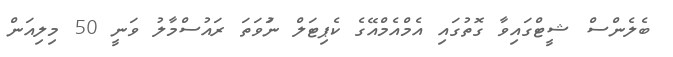
ބެލެންސް ޝީޓްގައިވާ ގޮތުގައި އެމްއެމްއޭގެ ކެޕިޓަލް ނުަވަތަ ރައުސްމާލު ވަނީ 50 މިލިއަން